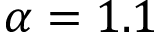
\alpha = 1 . 1